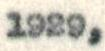
1929,